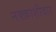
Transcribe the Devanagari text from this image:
नक्क़ाशीदार